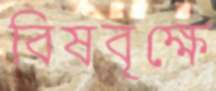
বিষবৃক্ষে